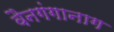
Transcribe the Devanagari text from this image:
वैनगंगानाग